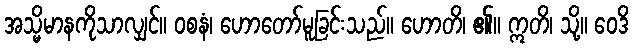
အသ္မိမာနကိုသာလျှင်။ ဝစနံ၊ ဟောတော်မူခြင်းသည်။ ဟောတိ၊ ၏။ ဣတိ၊ သို့။ ဝေဒိ